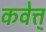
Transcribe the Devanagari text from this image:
कवेत्त्